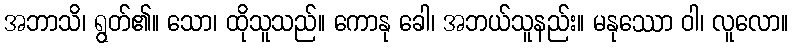
အဘာသိ၊ ရွတ်၏။ သော၊ ထိုသူသည်။ ကောနု ခေါ၊ အဘယ်သူနည်း။ မနုဿော ဝါ၊ လူလော။